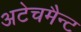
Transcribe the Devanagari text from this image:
अटेचमैन्ट